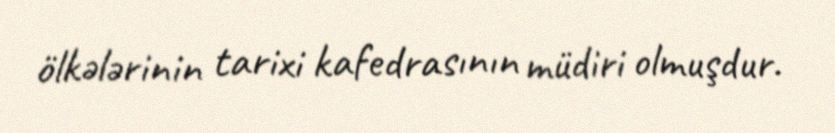
ölkələrinin tarixi kafedrasının müdiri olmuşdur.